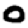
Digit: 0